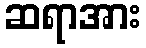
ဆရာအား